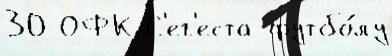
30 ОФК С'ег'еста футбо́лу